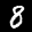
Label: 8